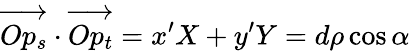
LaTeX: \overrightarrow{Op_{s}}\cdot\overrightarrow{Op_{t}}=x^{\prime}X+y^{\prime}Y=d\rho\cos{\alpha}